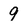
Character: 9